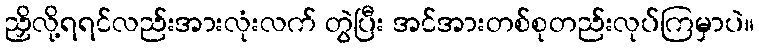
ညှိလို့ရရင်လည်းအားလုံးလက် တွဲပြီး အင်အားတစ်စုတည်းလုပ်ကြမှာပဲ။